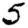
Digit: 5